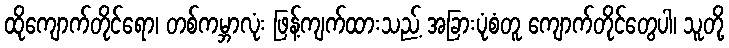
ထိုကျောက်တိုင်ရော၊ တစ်ကမ္ဘာလုံး ဖြန့်ကျက်ထားသည့် အခြားပုံစံတူ ကျောက်တိုင်တွေပါ၊ သူတို့